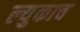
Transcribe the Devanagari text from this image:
ल्युकाच